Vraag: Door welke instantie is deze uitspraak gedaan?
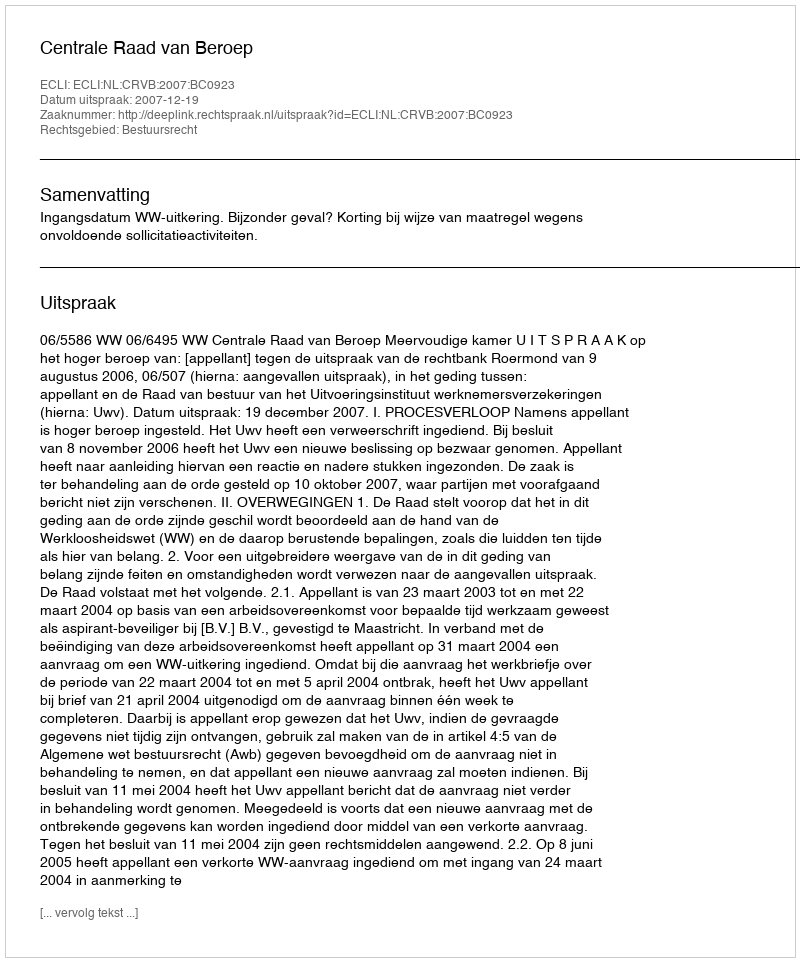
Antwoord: Centrale Raad van Beroep